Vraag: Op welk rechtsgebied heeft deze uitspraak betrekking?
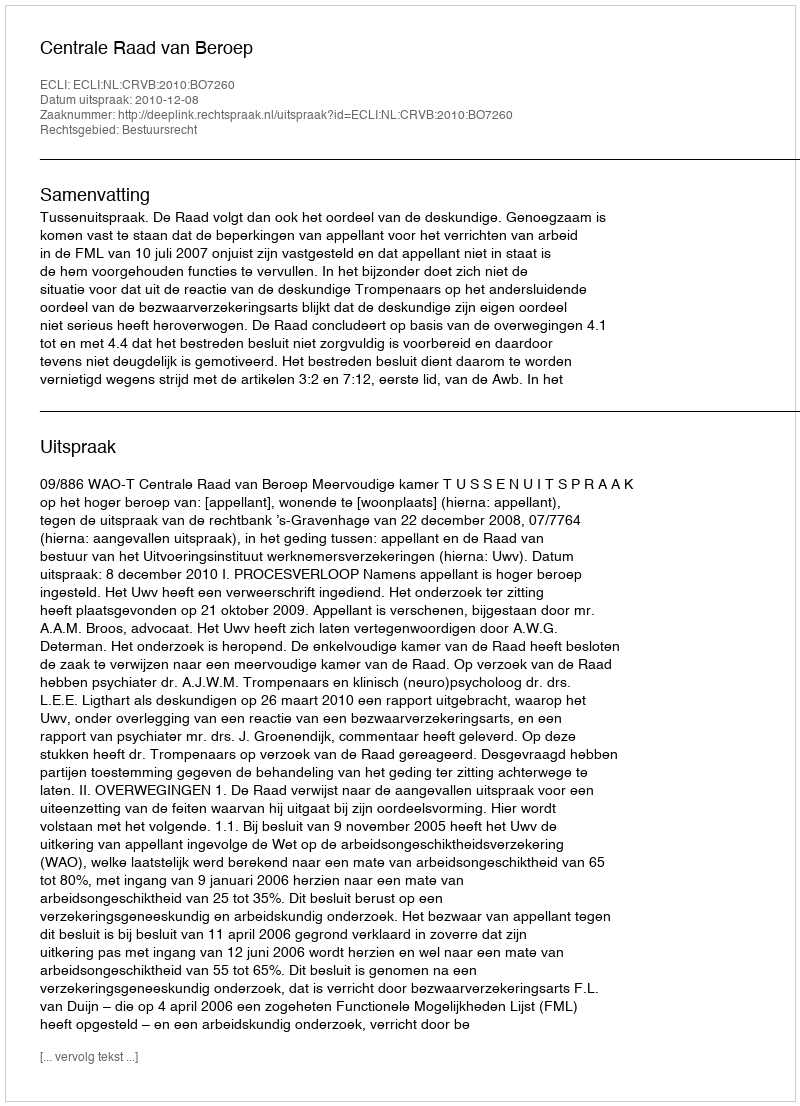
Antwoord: Bestuursrecht